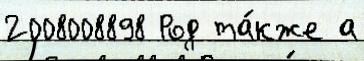
2008008898 Род та́кже а